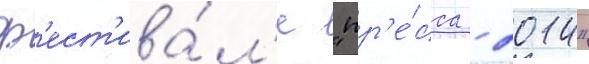
ф'ест'ива́л'е "пр'е́сса - 2014"